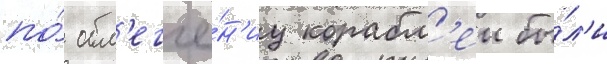
по́ обл'егче́н'иу корабл'еи бы́л'и